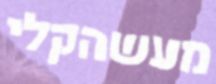
מעשהקלי